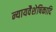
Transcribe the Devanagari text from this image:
न्यायवैशेषिकादि